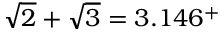
{ \sqrt { 2 } } + { \sqrt { 3 } } = 3 . 1 4 6 ^ { + }